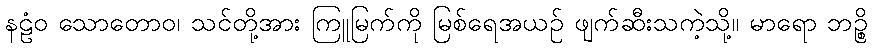
နဠံဝ သောတောဝ၊ သင်တို့အား ကြူမြက်ကို မြစ်ရေအယဉ် ဖျက်ဆီးသကဲ့သို့။ မာရော ဘဉ္စိ